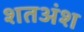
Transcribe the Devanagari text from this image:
शतअंश